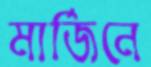
মার্জিনে